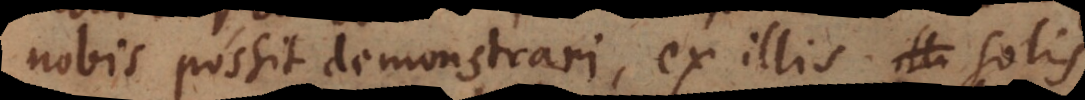
possit demonstrari, ex illis solis